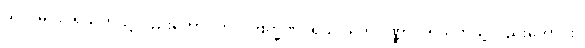
ယဒိ၊ မင်းပရိသတ်သို့လည်းကောင်း။ ပ။ ဗြဟ္မဏပရိသံ ယဒိ၊ ပုဏ္ဏားပရိသတ်သို့လည်းကောင်း။